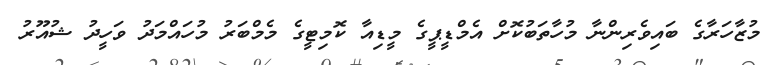
މުޒާހަރާގެ ބައިވެރިންނާ މުހާތަބުކޮށް އެމްޑީޕީގެ މީޑިއާ ކޮމިޓީގެ މެމްބަރު މުހައްމަދު ވަހީދު ޝުއޫރު